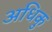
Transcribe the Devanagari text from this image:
अधिकु